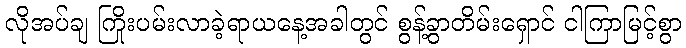
လိုအပ်ချ ကြိုးပမ်းလာခဲ့ရာယနေ့အခါတွင် စွန့်ခွာတိမ်းရှောင် ငါကြာမြင့်စွာ